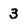
Character: 3